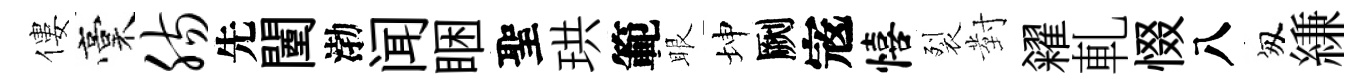
僂稾肠先闉渤闻睏聖珙範眼坤劂𡨥僖裂對糴軋惙八匆縑